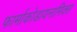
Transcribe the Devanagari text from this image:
फार्माकोडायनामिक्स